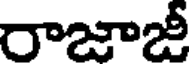
రాజాజీ